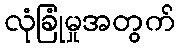
လုံခြုံမှုအတွက်